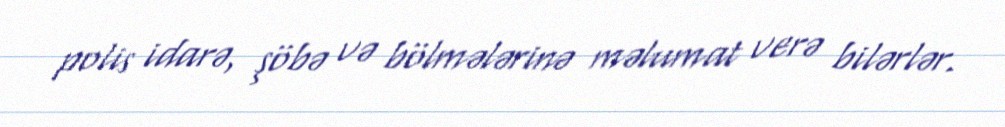
polis idarə, şöbə və bölmələrinə məlumat verə bilərlər.